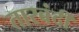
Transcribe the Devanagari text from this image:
तारबंदी